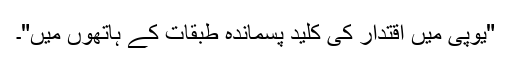
"یوپی میں اقتدار کی کلید پسماندہ طبقات کے ہاتھوں میں"۔